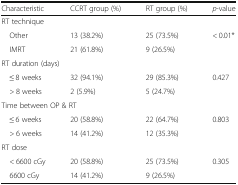
<table><thead><tr><td><b>Characteristic</b></td><td><b>CCRT group (%)</b></td><td><b>RT group (%)</b></td><td><b><i>p</i>-value</b></td></tr></thead><tbody><tr><td colspan="4">RT technique</td></tr><tr><td> Other</td><td>13 (38.2%)</td><td>25 (73.5%)</td><td>&lt; 0.01*</td></tr><tr><td> IMRT</td><td>21 (61.8%)</td><td>9 (26.5%)</td><td></td></tr><tr><td colspan="4">RT duration (days)</td></tr><tr><td> ≤ 8 weeks</td><td>32 (94.1%)</td><td>29 (85.3%)</td><td>0.427</td></tr><tr><td> &gt; 8 weeks</td><td>2 (5.9%)</td><td>5 (24.7%)</td><td></td></tr><tr><td colspan="4">Time between OP &amp; RT</td></tr><tr><td> ≤ 6 weeks</td><td>20 (58.8%)</td><td>22 (64.7%)</td><td>0.803</td></tr><tr><td> &gt; 6 weeks</td><td>14 (41.2%)</td><td>12 (35.3%)</td><td></td></tr><tr><td colspan="4">RT dose</td></tr><tr><td> &lt; 6600 cGy</td><td>20 (58.8%)</td><td>25 (73.5%)</td><td>0.305</td></tr><tr><td> 6600 cGy</td><td>14 (41.2%)</td><td>9 (26.5%)</td><td></td></tr></tbody></table>